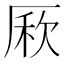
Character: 𠪁